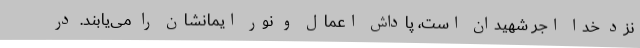
نزد خدا اجر شهیدان است، پاداش اعمال و نور ایمانشان را می‌یابند. در